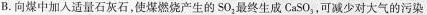
B.向煤中加入适量石灰石，使煤燃烧产生的SO_{2}，最终生成CaSO_{3}，可减少对大气的污染